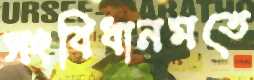
সংবিধানমতে